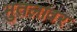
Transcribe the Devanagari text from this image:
भुतलावर